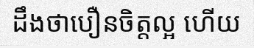
ដឹងថាបឿនចិត្តល្អ ហើយ